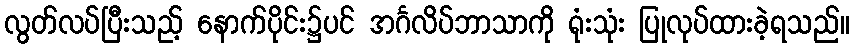
လွတ်လပ်ပြီးသည့် နောက်ပိုင်း၌ပင် အင်္ဂလိပ်ဘာသာကို ရုံးသုံး ပြုလုပ်ထားခဲ့ရသည်။